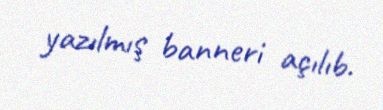
yazılmış banneri açılıb.